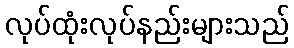
လုပ်ထုံးလုပ်နည်းများသည်